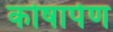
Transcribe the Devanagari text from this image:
कोषार्पण